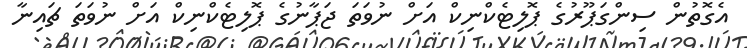
އެގޮތުން ސިންގަޕޫރުގެ ޕޮލިޓެކްނިކް އަށް ނުވަތަ ޖަޕާނުގެ ޕޮލިޓެކްނިކް އަށް ނުވަތަ ޗައިނާ